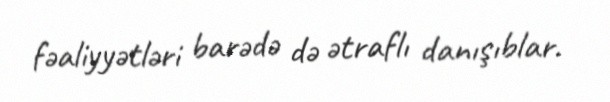
fəaliyyətləri barədə də ətraflı danışıblar.